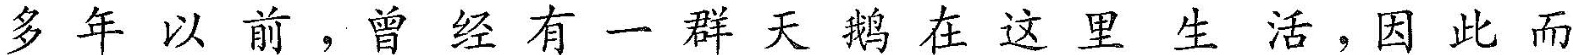
多年以前，曾经有一群天鸽在这里生活，因此而得名。